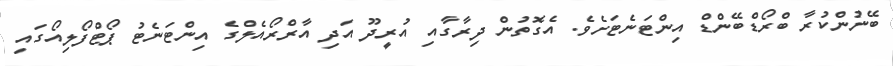
ބޭނުންކުރާ ބްރޯޑްބޭންޑް އިންޓަނެޓަށެވެ. އެގޮތުން ދިރާގާއި އުރީދޫ އަދި އާރްރޯއެލްގެ އިންޓަނެޓު ޕޯޓްފޯލިއޯގައި